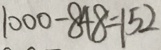
1 0 0 0 - 8 4 8 = 1 5 2